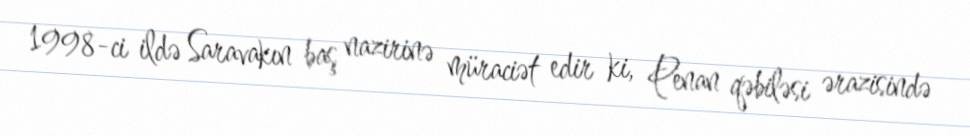
1998-ci ildə Saravakın baş nazirinə müraciət edir ki, Penan qəbiləsi ərazisində